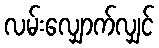
လမ်းလျှောက်လျှင်